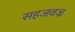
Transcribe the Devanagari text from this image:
सहजवज्र